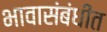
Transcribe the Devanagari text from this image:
भावासंबंधीत